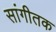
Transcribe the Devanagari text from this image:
सांगीतक